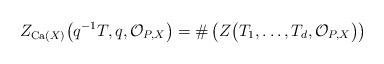
LaTeX: \begin{align*}Z_{\mathrm{Ca}(X)}\big( q^{-1}T,q,\mathcal{O}_{P,X}\big) =\#\left(Z\big( T_{1},\ldots,T_{d},\mathcal{O}_{P,X}\big) \right) \end{align*}